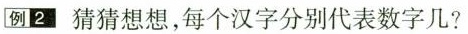
例2 猜猜想想，每个汉字分别代表数字几?